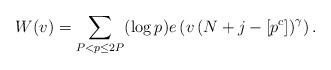
LaTeX: \begin{align*}W(v)=\sum_{P<p \leq 2 P}(\log p) e\left(v\left(N+j-\left[p^{c}\right]\right)^{\gamma}\right).\end{align*}